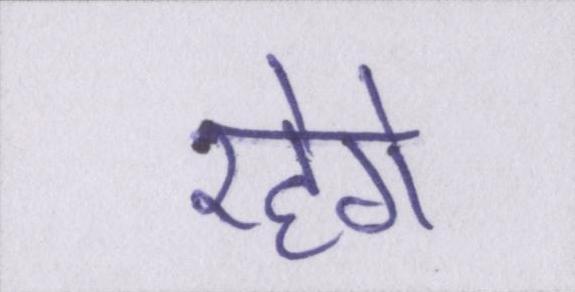
रहेगे